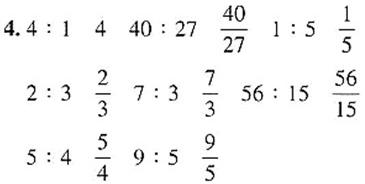
\[
\begin{align*}
&4.4:1\quad4\quad40:27\quad\frac{40}{27}\quad1:5\quad\frac{1}{5}\\
&2:3\quad\frac{2}{3}\quad7:3\quad\frac{7}{3}\quad56:15\quad\frac{56}{15}\\
&5:4\quad\frac{5}{4}\quad9:5\quad\frac{9}{5}
\end{align*}
\]